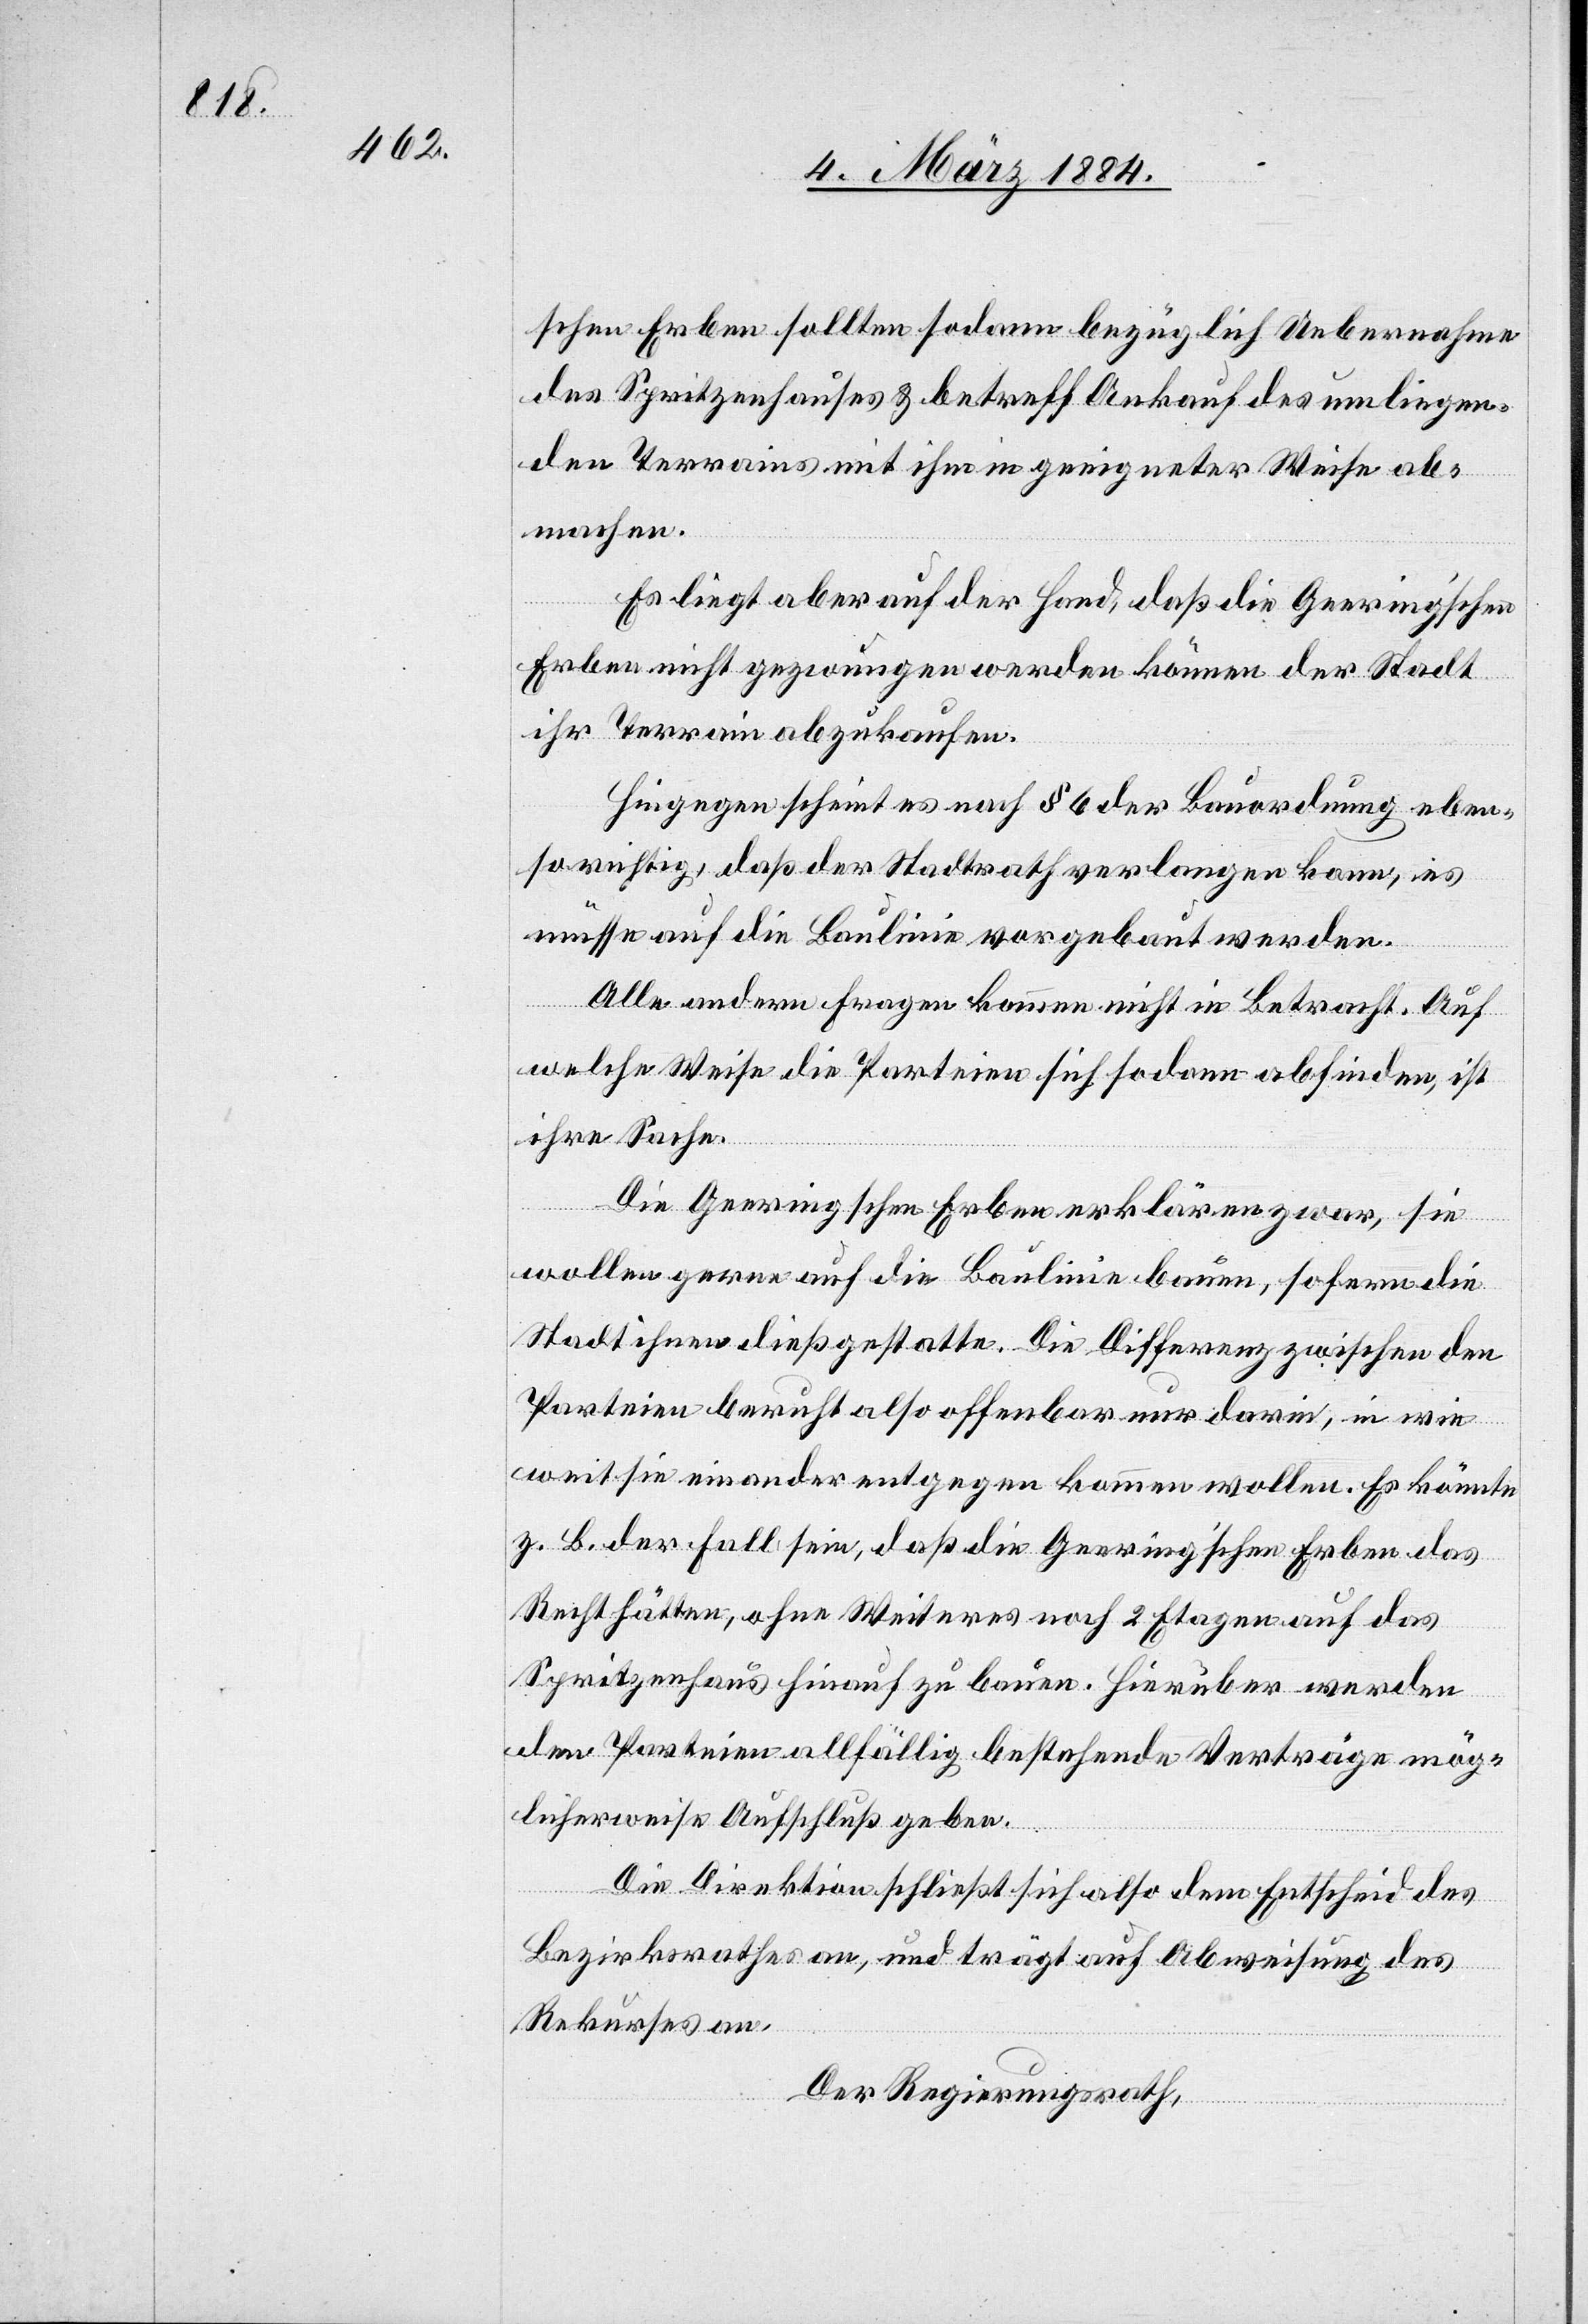
schen Erben sollten sodann bezüglich Uebernahme
des Spritzenhauses & betreff Ankauf des umliegen¬
den Terrains mit ihm in geeigneter Weise ab¬
machen.
Es liegt aber auf der Hand, daß die Geeringschen
Erben nicht gezwungen werden können der Stadt
ihr Terrain abzukaufen.
Hingegen scheint es nach § 6 der Bauordnung eben¬
so richtig, daß der Stadtrath verlangen kann, es
müsse auf die Baulinie vorgebaut werden.
Alle andern Fragen kommen nicht in Betracht. Auf
welche Weise die Parteien sich so dann abfinden, ist
ihre Sache.
Die Geeringschen Erben erklären zwar, sie
wollen gerne auf die Baulinie bauen, sofern die
Stadt ihnen dieß gestatte. Die Differenz zwischen den
Parteien beruht also offenbar nur darin, in wie
weit sie einander entgegen kommen wollen. Es könnte
z. B. der Fall sein, daß die Geering’schen Erben das
Recht hätten, ohne Weiteres noch 2 Etagen auf das
Spritzenhaus hinauf zu bauen. Hierüber werden
den Parteien allfällig bestehende Verträge mög¬
licherweise Aufschub geben.
Die Direktion schließt sich also dem Entscheid des
Bezirksrathes an, und trägt auf Abweisung des
Rekurses an.
Der Regierungsrath,